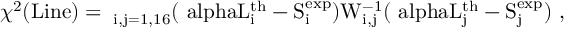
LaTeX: \chi ^ { 2 } ( \mathrm { L i n e ) = \Sigma _ { i , j = 1 , 1 6 } ( \ a l p h a L _ { i } ^ { \mathrm { t h } } - S _ { i } ^ { \mathrm { e x p } } ) W _ { i , j } ^ { - 1 } ( \ a l p h a L _ { j } ^ { \mathrm { t h } } - S _ { j } ^ { \mathrm { e x p } } ) ~ , }